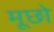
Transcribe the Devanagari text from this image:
मूछो